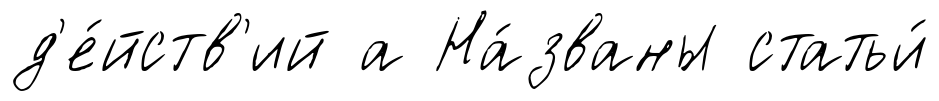
д'е́йств'ий а На́званы статьи́